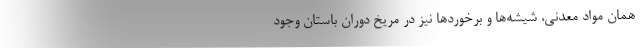
همان مواد معدنی، شیشه‌ها و برخوردها نیز در مریخ دوران باستان وجود